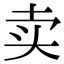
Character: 卖